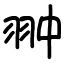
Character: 翀